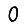
Digit: 0